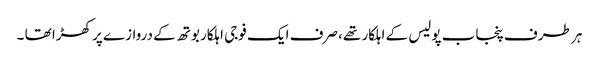
ہر طرف پنجاب پولیس کے اہلکار تھے، صرف ایک فوجی اہلکار بوتھ کے دروازے پر کھڑا تھا ۔